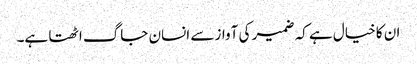
ان کا خیال ہے کہ ضمیر کی آواز سے انسان جاگ اٹھتا ہے۔